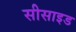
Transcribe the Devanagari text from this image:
सीसाइड